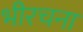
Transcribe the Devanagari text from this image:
भीरचना